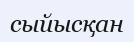
сыйысқан